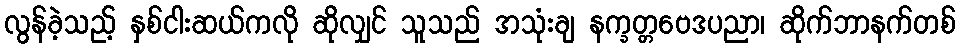
လွန်ခဲ့သည့် နှစ်ငါးဆယ်ကလို ဆိုလျှင် သူသည် အသုံးချ နက္ခတ္တဗေဒပညာ၊ ဆိုက်ဘာနက်တစ်